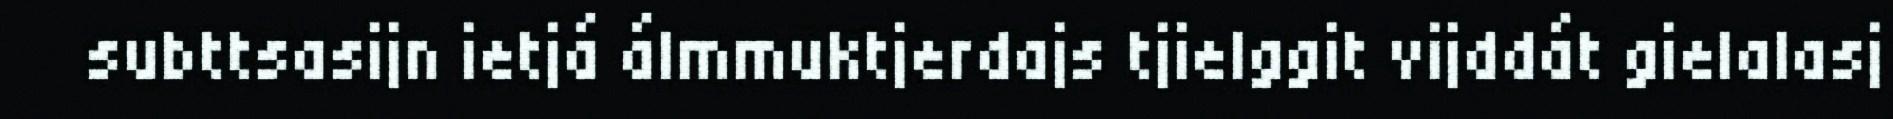
subttsasijn ietjá álmmuktjerdajs tjielggit vijddát gielalasj